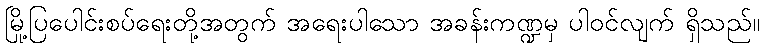
မြို့ပြပေါင်းစပ်ရေးတို့အတွက် အရေးပါသော အခန်းကဏ္ဍမှ ပါဝင်လျက် ရှိသည်။